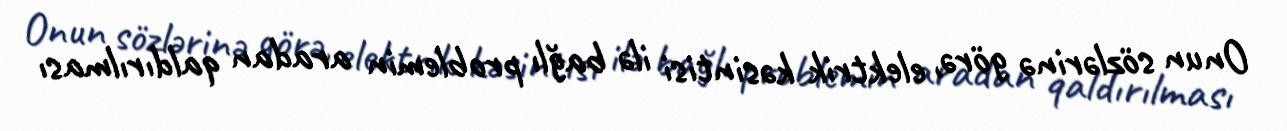
Onun sözlərinə görə, elektrik kəsintisi ilə bağlı problemin aradan qaldırılması